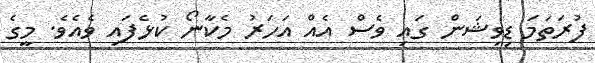
ފުރަތަމަ ޑިވިޝަން ގައި ވެސް އެއް އަހަރު މެކާނޯ ކުޅެފައި ވެއެވެ. މީގެ